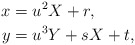
\begin{align*} x &= u^2X+r, \\ y &= u^3Y+sX+t, \end{align*}